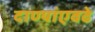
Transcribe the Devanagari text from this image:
दाण्यांएवढे